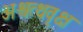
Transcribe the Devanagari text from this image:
अश्वत्थवृक्ष